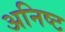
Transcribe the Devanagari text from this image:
अनिष्‍ट